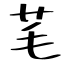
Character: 芼